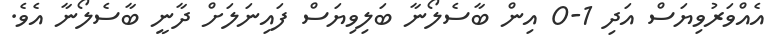
އެއްވަރުވިޔަސް އަދި 1-0 އިން ބާސެލޯނާ ބަލިވިޔަސް ފައިނަލަށް ދާނީ ބާސެލޯނާ އެވެ.